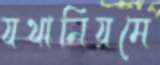
যথানিয়মে